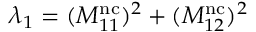
\lambda _ { 1 } = ( M _ { 1 1 } ^ { \mathrm { n c } } ) ^ { 2 } + ( M _ { 1 2 } ^ { \mathrm { n c } } ) ^ { 2 }